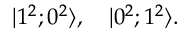
| 1 ^ { 2 } ; 0 ^ { 2 } \rangle , \quad | 0 ^ { 2 } ; 1 ^ { 2 } \rangle .